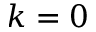
k = 0